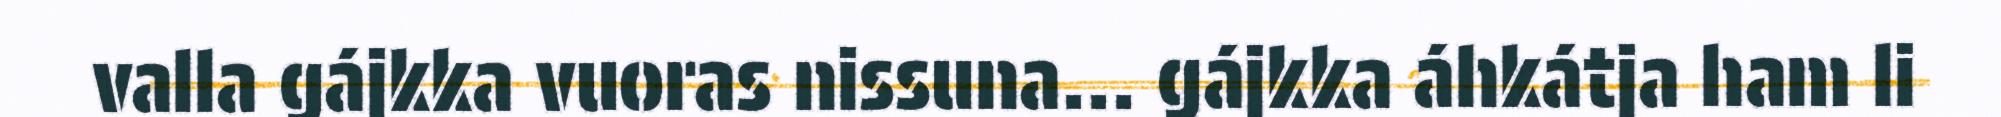
valla gájkka vuoras nissuna... gájkka áhkátja ham li